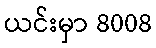
ယင်းမှာ 8008